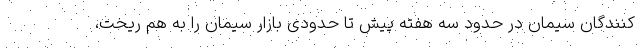
کنندگان سیمان در حدود سه هفته پیش تا حدودی بازار سیمان را به هم ریخت،